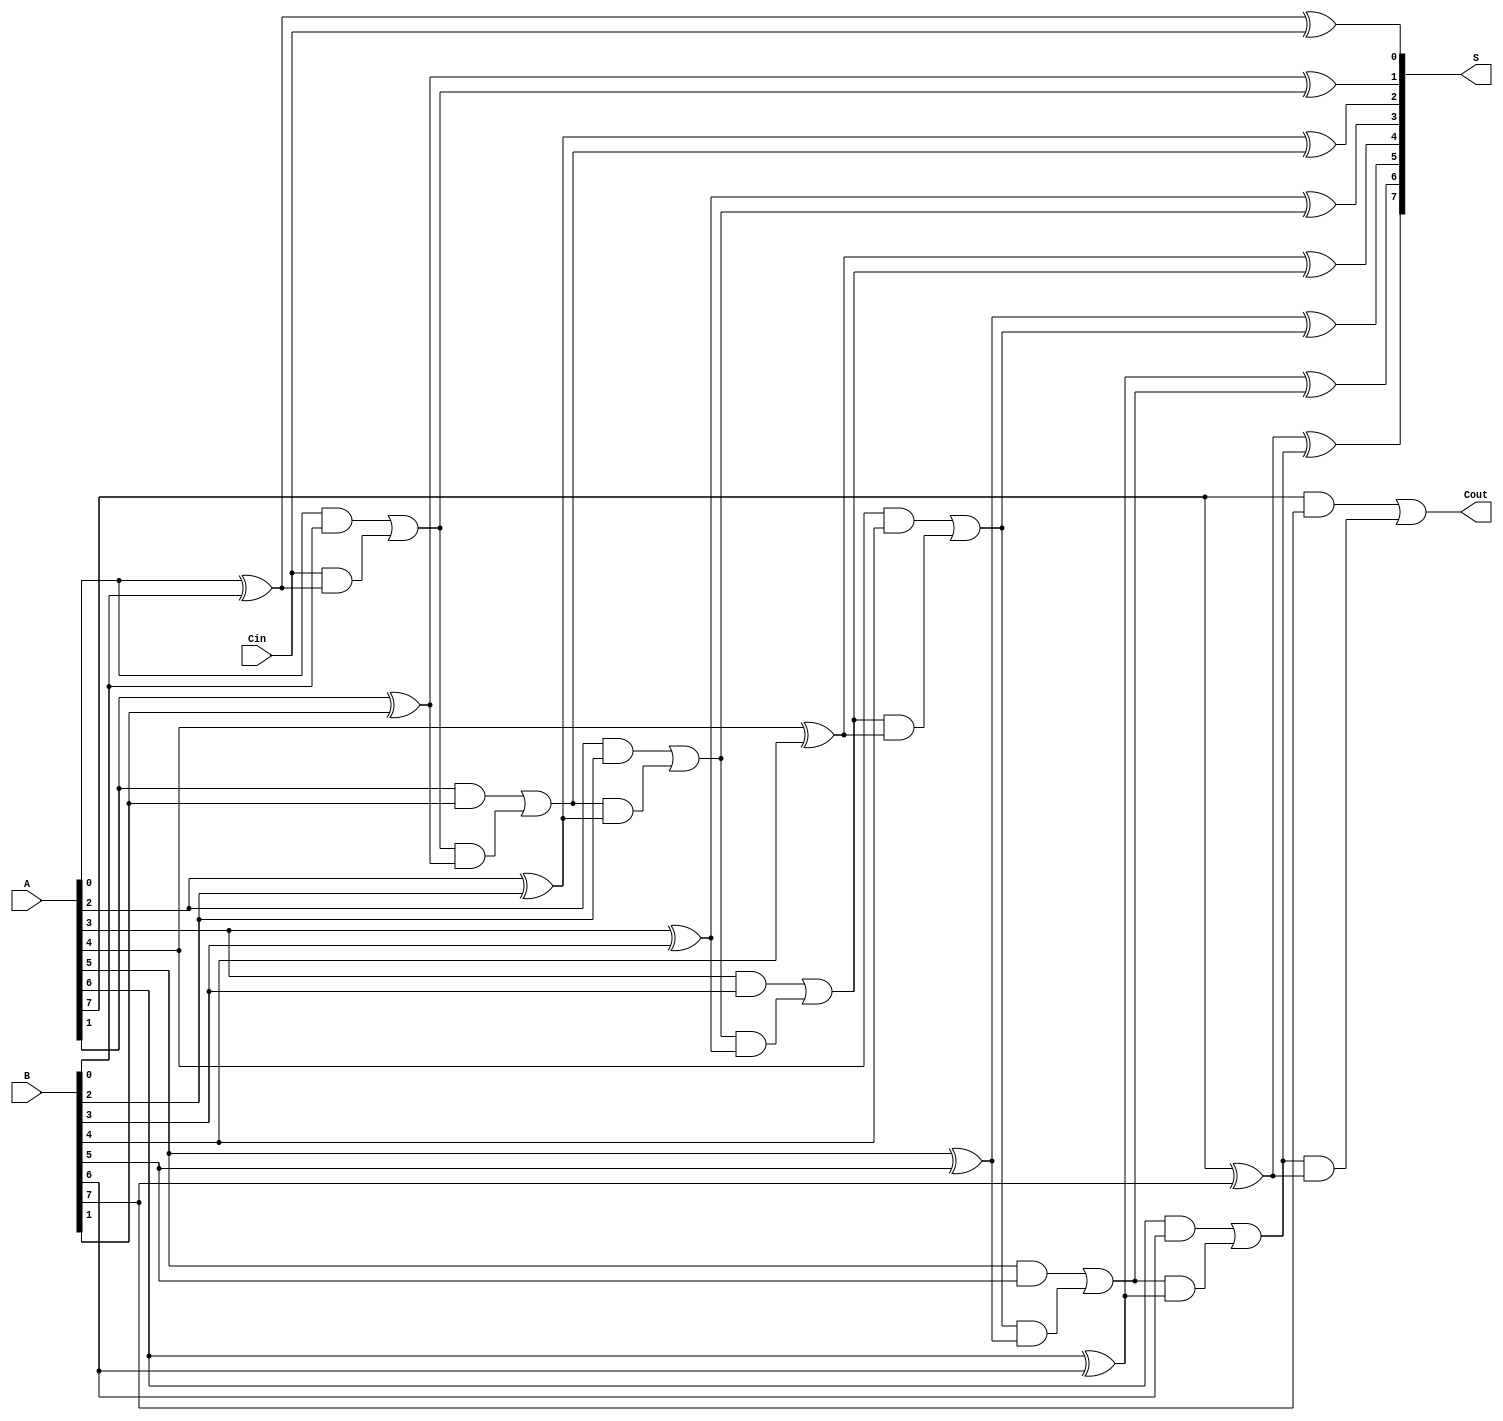
module ManchesterCarryChainAdder #(
    parameter N = 8  // Bit-width of the input numbers
)(
    input  wire [N-1:0] A,    // First n-bit input
    input  wire [N-1:0] B,    // Second n-bit input
    input  wire Cin,           // Carry-in signal
    output wire [N-1:0] S,     // n-bit sum output
    output wire Cout           // Carry-out signal
);

    // Internal carry signals
    wire [N:0] carry; // carry[0] is Cin, carry[N] is Cout

    // Assign the initial carry
    assign carry[0] = Cin;

    // Generate carry signals and compute sum
    genvar i;
    generate
        for (i = 0; i < N; i = i + 1) begin : carry_chain
            // Carry generation using AND and OR gates for Manchester Carry Chain
            assign carry[i + 1] = (A[i] & B[i]) | (carry[i] & (A[i] ^ B[i]));
            // Sum calculation using XOR
            assign S[i] = A[i] ^ B[i] ^ carry[i];
        end
    endgenerate

    // Assign the final carry-out
    assign Cout = carry[N];

endmodule